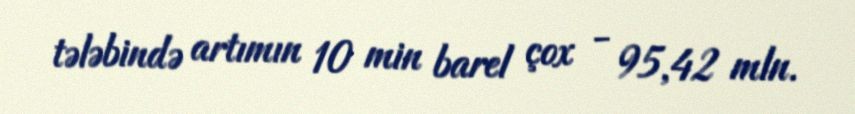
tələbində artımın 10 min barel çox - 95,42 mln.